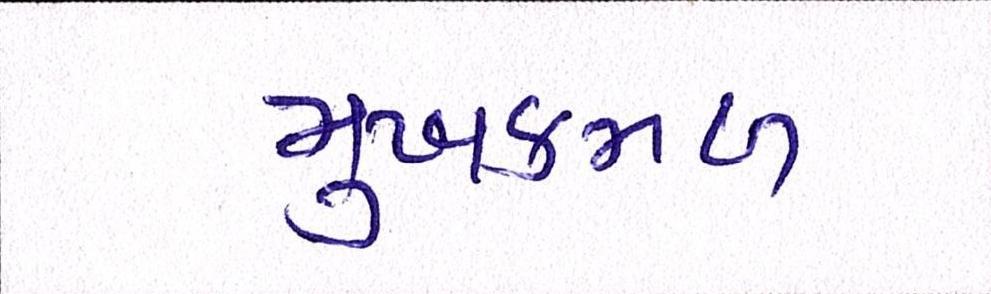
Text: મુખકમળ